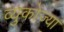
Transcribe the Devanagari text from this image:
व्युकोज्या